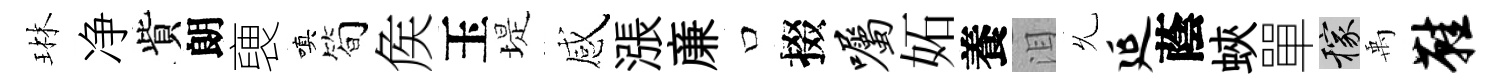
琳净貲朗褏嗔简矦玉堤感漲亷口掇嘱妬養泪𠃔延蔭蛺單稼禹鞋